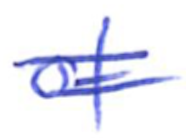
Text: of
Cross-out: double-line
Writing tool: ballpoint